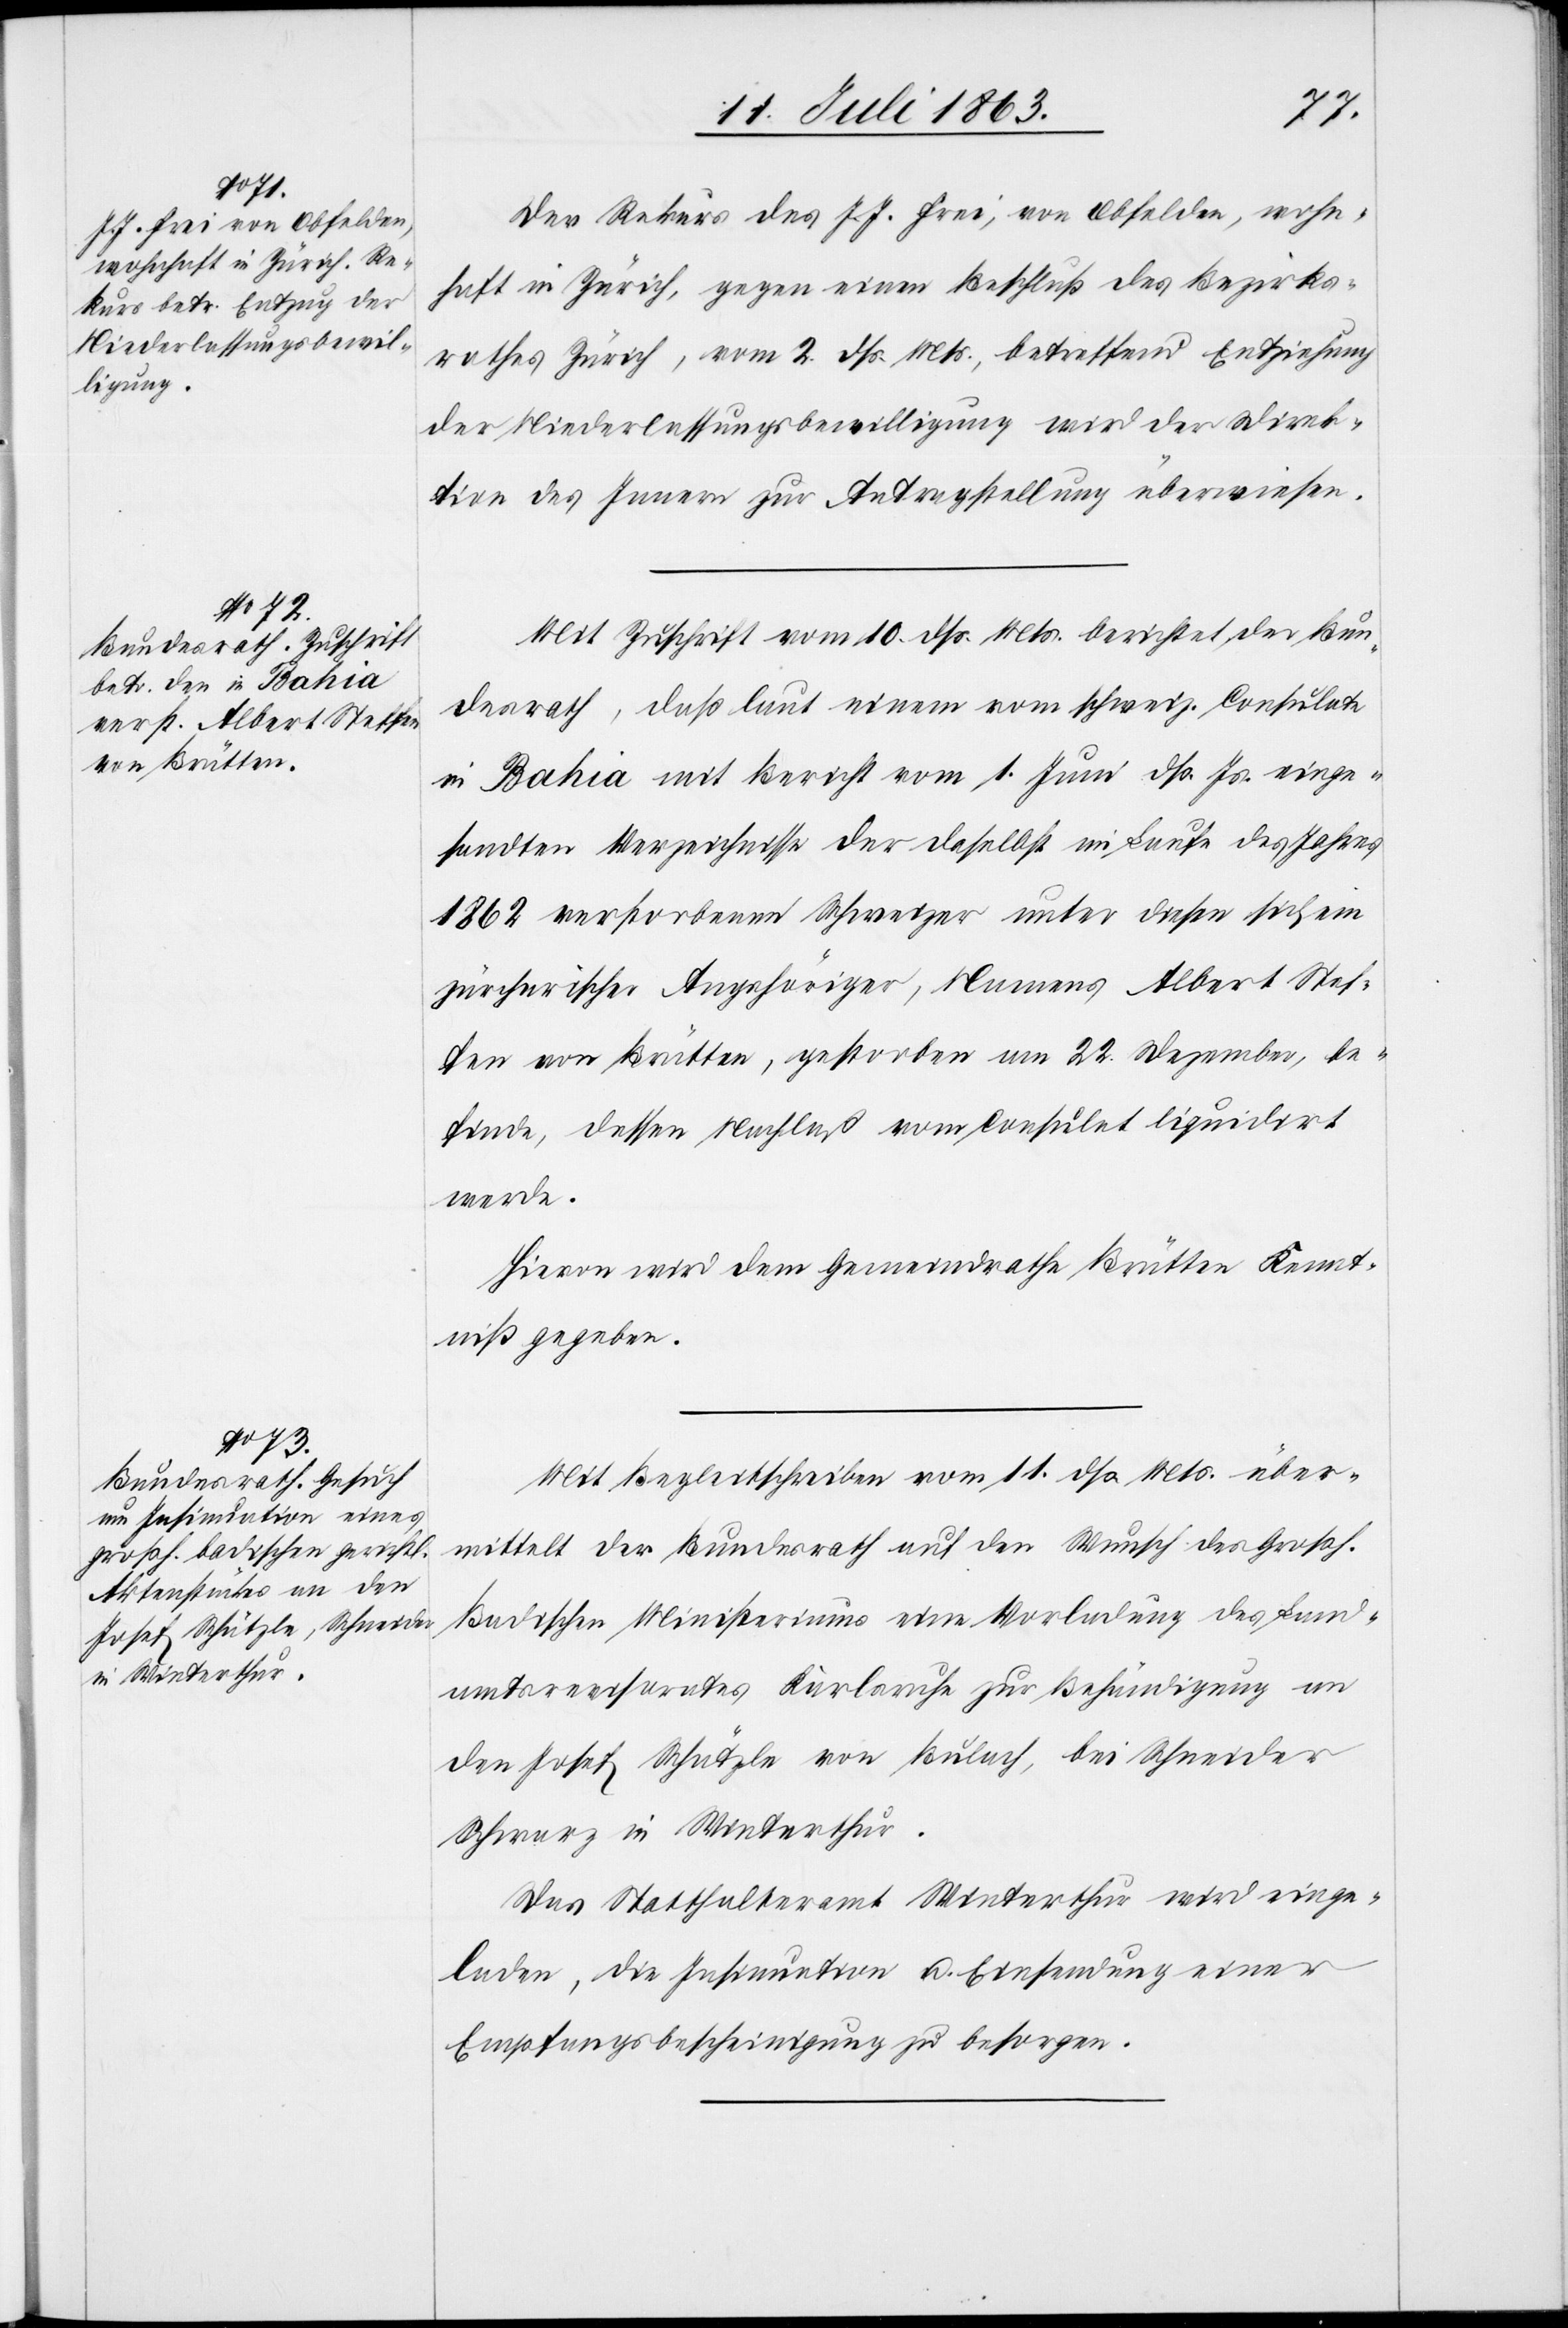
14. Juli 1863.]
Der Rekurs des J. J. Frei, von Obfelden, wohn¬
haft in Zürich, gegen einen Beschluß des Bezirks¬
rathes Zürich, vom 2. dß. Mts., betreffend Entziehung
der Niederlassungsbewilligung wird der Direk¬
tion des Innern zur Antragstellung überwiesen.
Mit Zuschrift vom 10. dß. Mts. berichtet der Bun¬
desrath, daß laut einem vom schweiz. Consulate
in Bahia mit Bericht vom 1. Juni dß. Js. einge¬
sandten Verzeichnisse der daselbst im Laufe des Jahres
1862 verstorbenen Schweizer unter diesen sich ein
zürcherischer Angehöriger, Namens Albert Stef¬
fen von Brütten, gestorben am 22. Dezember, be¬
finde, dessen Nachlaß vom Consulat liquidirt
werde.
Hievon wird dem Gemeindrathe Brütten Kennt¬
niß gegeben.
Mit Begleitschreiben vom 11. dß. Mts. über¬
mittelt der Bundesrath auf den Wunsch des Großh.
Badischen Ministeriums eine Vorladung des Land¬
amtsrevisorates Karlsruhe zur Behändigung an
den Josef Schätzle von Bülach, bei Schneider
Schwarz in Winterthur.
Das Statthalteramt Winterthur wird einge¬
laden, die Insinuation u. Einsendung einer
Empfangsbescheinigung zu besorgen.